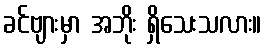
ခင်ဗျားမှာ အဘိုး ရှိသေးသလား။